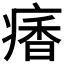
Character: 𩠾